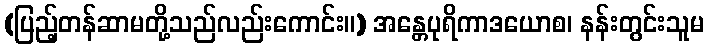
(ပြည့်တန်ဆာမတို့သည်လည်းကောင်း။) အန္တေပုရိကာဒယောစ၊ နန်းတွင်းသူမ